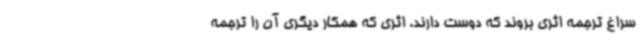
سراغ ترجمه اثری بروند که دوست دارند. اثری که همکار دیگری آن را ترجمه